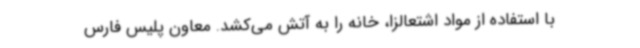
با استفاده از مواد اشتعالزا، خانه را به آتش می‌کشد. معاون پلیس فارس